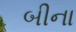
બીના